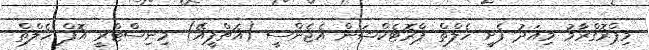
މިޕްރޮގްރާމު މިއަދު ފެށީ ހެލްތް ޕްރޮޓެކްޝަން އެޖެންސީ (އެޗްޕީއޭ) މިނިސްޓްރީ އޮފް ހެލްތް